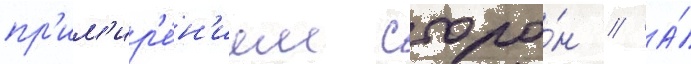
пр'им'ир'е́н'ием сторо́н // А́